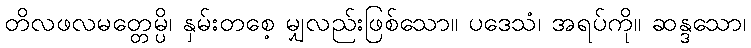
တိလဖလမတ္တေမ္ပိ၊ နှမ်းတစေ့ မျှလည်းဖြစ်သော။ ပဒေသံ၊ အရပ်ကို။ ဆန္ဒသော၊